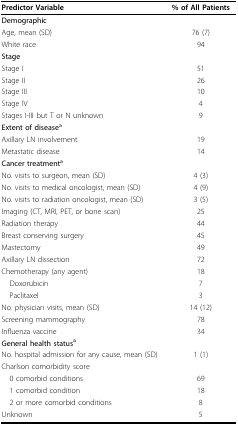
<table><thead><tr><td><b>Predictor Variable</b></td><td><b>% of All Patients</b></td></tr></thead><tbody><tr><td><b>Demographic</b></td><td></td></tr><tr><td>Age, mean (SD)</td><td>76 (7)</td></tr><tr><td>White race</td><td>94</td></tr><tr><td><b>Stage</b></td><td></td></tr><tr><td>Stage I</td><td>51</td></tr><tr><td>Stage II</td><td>26</td></tr><tr><td>Stage III</td><td>10</td></tr><tr><td>Stage IV</td><td>4</td></tr><tr><td>Stages I-III but T or N unknown</td><td>9</td></tr><tr><td><b>Extent of disease<sup>a</sup></b></td><td></td></tr><tr><td>Axillary LN involvement</td><td>19</td></tr><tr><td>Metastatic disease</td><td>14</td></tr><tr><td><b>Cancer treatment<sup>a</sup></b></td><td></td></tr><tr><td>No. visits to surgeon, mean (SD)</td><td>4 (3)</td></tr><tr><td>No. visits to medical oncologist, mean (SD)</td><td>4 (9)</td></tr><tr><td>No. visits to radiation oncologist, mean (SD)</td><td>3 (5)</td></tr><tr><td>Imaging (CT, MRI, PET, or bone scan)</td><td>25</td></tr><tr><td>Radiation therapy</td><td>44</td></tr><tr><td>Breast conserving surgery</td><td>45</td></tr><tr><td>Mastectomy</td><td>49</td></tr><tr><td>Axillary LN dissection</td><td>72</td></tr><tr><td>Chemotherapy (any agent)</td><td>18</td></tr><tr><td> Doxorubicin</td><td>7</td></tr><tr><td> Paclitaxel</td><td>3</td></tr><tr><td>No. physician visits, mean (SD)</td><td>14 (12)</td></tr><tr><td>Screening mammography</td><td>78</td></tr><tr><td>Influenza vaccine</td><td>34</td></tr><tr><td><b>General health status<sup>a</sup></b></td><td></td></tr><tr><td>No. hospital admission for any cause, mean (SD)</td><td>1 (1)</td></tr><tr><td>Charlson comorbidity score</td><td></td></tr><tr><td> 0 comorbid conditions</td><td>69</td></tr><tr><td> 1 comorbid condition</td><td>18</td></tr><tr><td> 2 or more comorbid conditions</td><td>8</td></tr><tr><td> Unknown</td><td>5</td></tr></tbody></table>